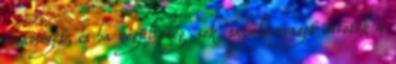
minőséget, és ha végül elég sok salakanyagot öntötök a